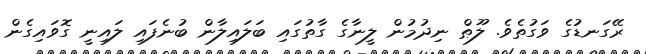
ރޭގަނޑުގެ ވަގުތެވެ. ލޫޠް ނިދުމުން ލީނާގެ ގާތުގައި ބަލައިލާން ބުނެފައި ލައިނީ ގޮވައިގެން